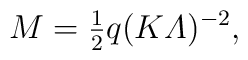
M={\textstyle\frac{1}{2}}q(K{\mit\Lambda})^{-2},